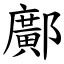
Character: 鄺